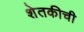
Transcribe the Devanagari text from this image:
शेतकीची